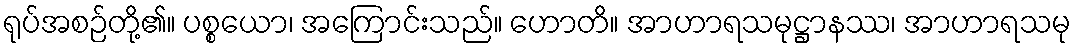
ရုပ်အစဉ်တို့၏။ ပစ္စယော၊ အကြောင်းသည်။ ဟောတိ။ အာဟာရသမုဋ္ဌာနဿ၊ အာဟာရသမု